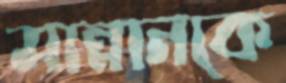
মান্নানকে